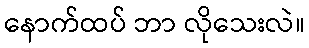
နောက်ထပ် ဘာ လိုသေးလဲ။